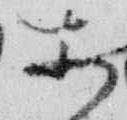
等